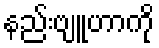
နည်းဗျူဟာကို